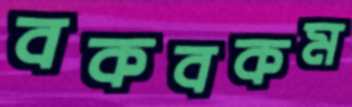
বকবকম